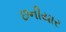
છનીયાર